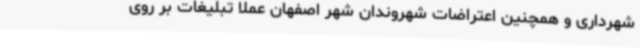
شهرداری و همچنین اعتراضات شهروندان شهر اصفهان عملاً تبلیغات بر روی